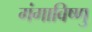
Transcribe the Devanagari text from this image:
गंगाविष्णु